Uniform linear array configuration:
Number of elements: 8
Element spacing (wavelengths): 0.25
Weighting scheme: blackman
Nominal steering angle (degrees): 15
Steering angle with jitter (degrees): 15.397
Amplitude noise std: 0.05
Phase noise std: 0.05

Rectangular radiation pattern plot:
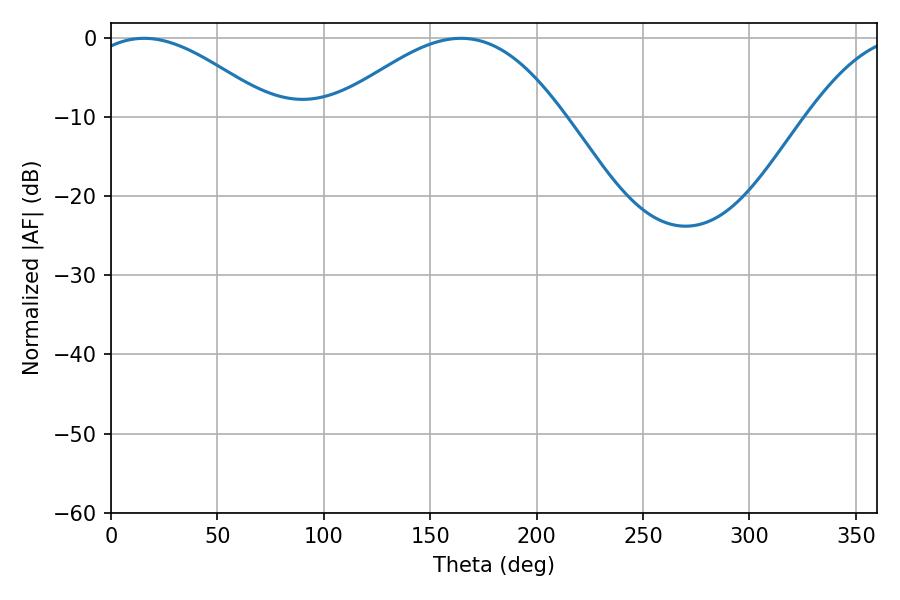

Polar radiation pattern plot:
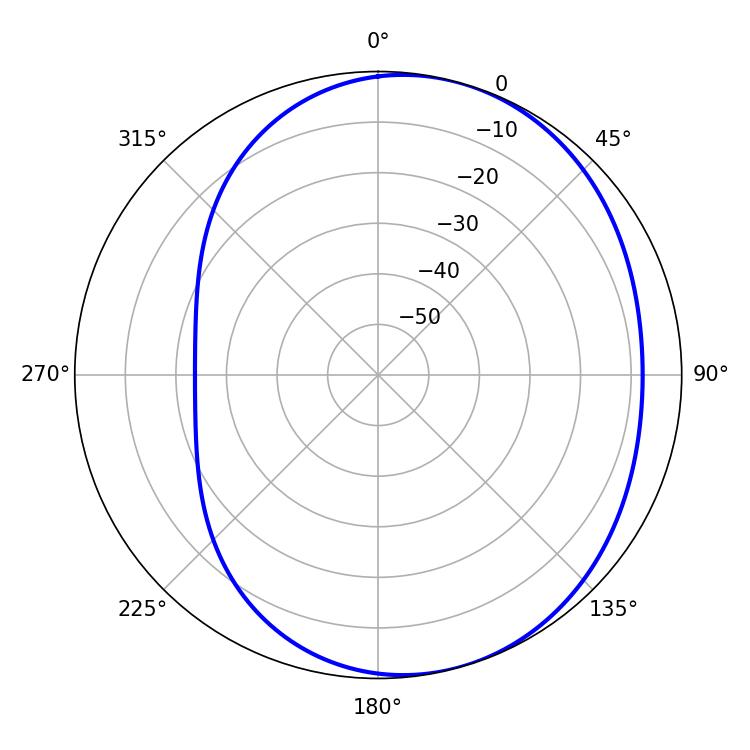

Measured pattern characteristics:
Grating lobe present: FALSE
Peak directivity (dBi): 4.394
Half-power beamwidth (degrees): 47.16
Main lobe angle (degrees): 15.48